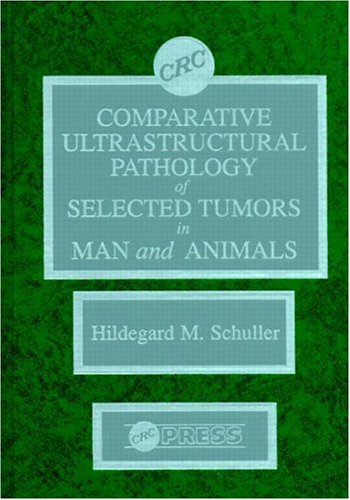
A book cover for Comparitive Ultrastructural Pathology of Selected Tumors in Man and Animals; Hildegard M. Schuller; Medical Books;